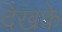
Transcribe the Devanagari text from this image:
देखके